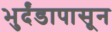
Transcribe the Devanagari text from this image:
भुर्दंडापासून